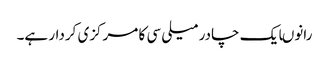
رانوںایک چادر میلی سی کا مرکزی کردار ہے۔